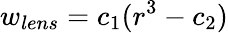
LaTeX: w_{lens}=c_{1}(r^{3}-c_{2})